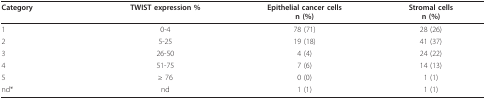
<table><thead><tr><td><b>Category</b></td><td><b>TWIST expression %</b></td><td><b>Epithelial cancer cellsn (%)</b></td><td><b>Stromal cellsn (%)</b></td></tr></thead><tbody><tr><td>1</td><td>0-4</td><td>78 (71)</td><td>28 (26)</td></tr><tr><td>2</td><td>5-25</td><td>19 (18)</td><td>41 (37)</td></tr><tr><td>3</td><td>26-50</td><td>4 (4)</td><td>24 (22)</td></tr><tr><td>4</td><td>51-75</td><td>7 (6)</td><td>14 (13)</td></tr><tr><td>5</td><td>≥ 76</td><td>0 (0)</td><td>1 (1)</td></tr><tr><td>nd*</td><td>nd</td><td>1 (1)</td><td>1 (1)</td></tr></tbody></table>